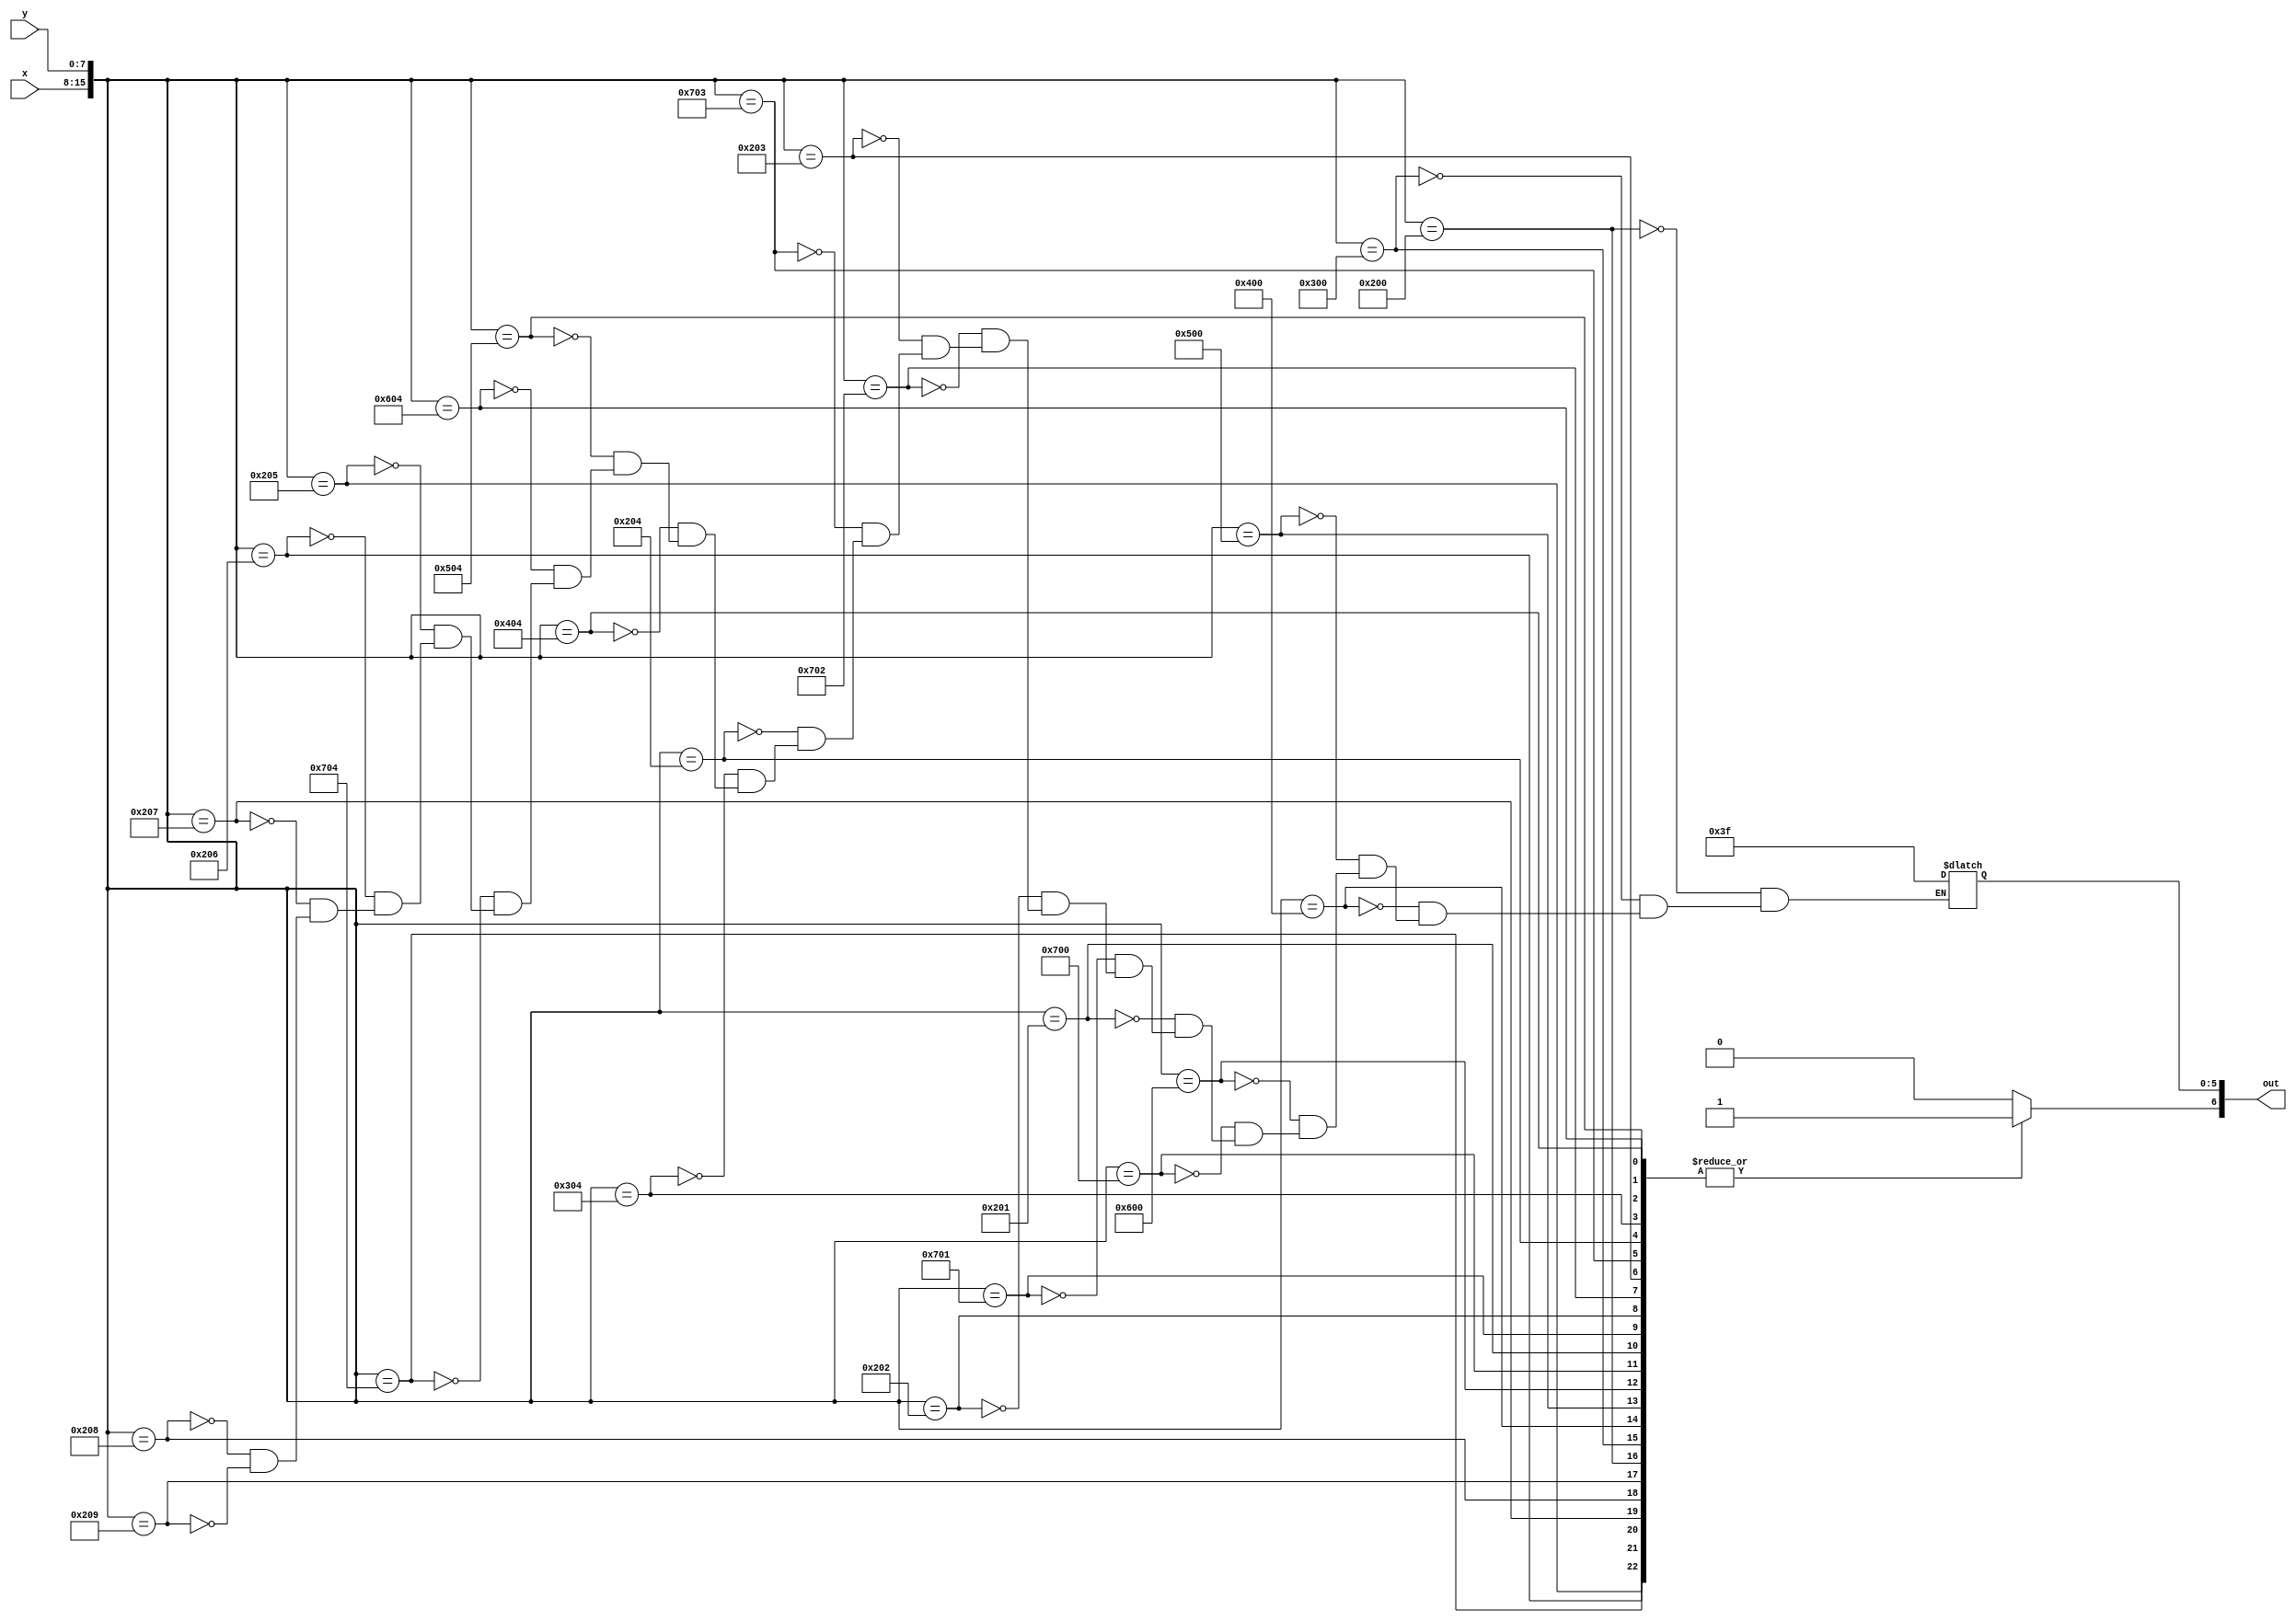
module char_p_lut(x, y, out);
	input [7:0] x;
	input [7:0] y;
	output reg [6:0] out;

	always@(*)
	begin
		out[6] <= 1'b1;
		case({x, y})
			16'h0200: out[5:0] <= 6'b111111;
			16'h0300: out[5:0] <= 6'b111111;
			16'h0400: out[5:0] <= 6'b111111;
			16'h0500: out[5:0] <= 6'b111111;
			16'h0600: out[5:0] <= 6'b111111;
			16'h0700: out[5:0] <= 6'b111111;
			
			16'h0201: out[5:0] <= 6'b111111;
			16'h0701: out[5:0] <= 6'b111111;
			
			16'h0202: out[5:0] <= 6'b111111;
			16'h0702: out[5:0] <= 6'b111111;
			
			16'h0203: out[5:0] <= 6'b111111;
			16'h0703: out[5:0] <= 6'b111111;

			16'h0204: out[5:0] <= 6'b111111;
			16'h0304: out[5:0] <= 6'b111111;
			16'h0404: out[5:0] <= 6'b111111;
			16'h0504: out[5:0] <= 6'b111111;
			16'h0604: out[5:0] <= 6'b111111;
			16'h0704: out[5:0] <= 6'b111111;
			
			16'h0205: out[5:0] <= 6'b111111;
			16'h0206: out[5:0] <= 6'b111111;
			16'h0207: out[5:0] <= 6'b111111;
			16'h0208: out[5:0] <= 6'b111111;
			16'h0209: out[5:0] <= 6'b111111;
			default: out[6] <= 1'b0;
		endcase
	end
endmodule
module char_p(x, y, flush_x, flush_y, colour, enable);
	input [7:0] x;
	input [7:0] y;
	input [7:0] flush_x;
	input [7:0] flush_y;
	
	output [5:0] colour;
	output enable;
	
	wire [6:0] lut_out;
	
	char_p_lut(flush_x - x, flush_y - y, lut_out);
	
	assign colour = lut_out[5:0];
	assign enable = lut_out[6];
endmodule